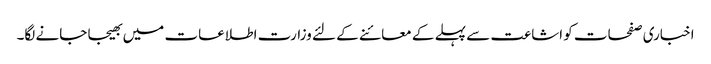
اخباری صفحات کو اشاعت سے پہلے کے معائنے کے لئے وزارت اطلاعات میں بھیجا جانے لگا۔